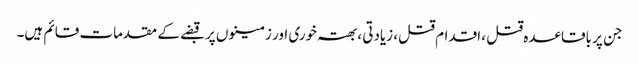
جن پر باقاعدہ قتل ، اقدام قتل، زیادتی ،بھتہ خوری اور زمینوں پر قبضے کے مقدمات قائم ہیں۔